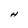
Character: H